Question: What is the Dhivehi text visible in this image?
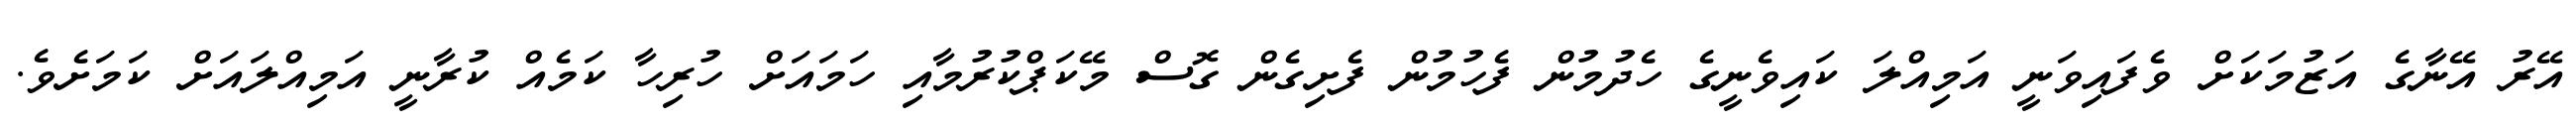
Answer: އޭރު އޭނާގެ އަޒުމަކަށް ވެފައިވަނީ އަމިއްލަ ކައިވެނީގެ ހެދުމުން ފެހުމުން ފެށިގެން ގޮސް މޭކަޕްކުރުމާއި ހަމައަށް ހުރިހާ ކަމެއް ކުރާނީ އަމިއްލައަށް ކަމަށެވެ.